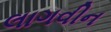
લાગવીન